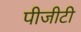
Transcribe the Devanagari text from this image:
पीजीटी